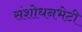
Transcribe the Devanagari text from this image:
संशोधनभेटी